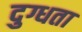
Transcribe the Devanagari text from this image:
दुग्धता